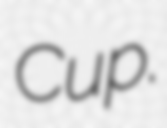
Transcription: Cup.